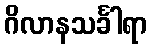
ဂိလာနသင်္ခါရာ